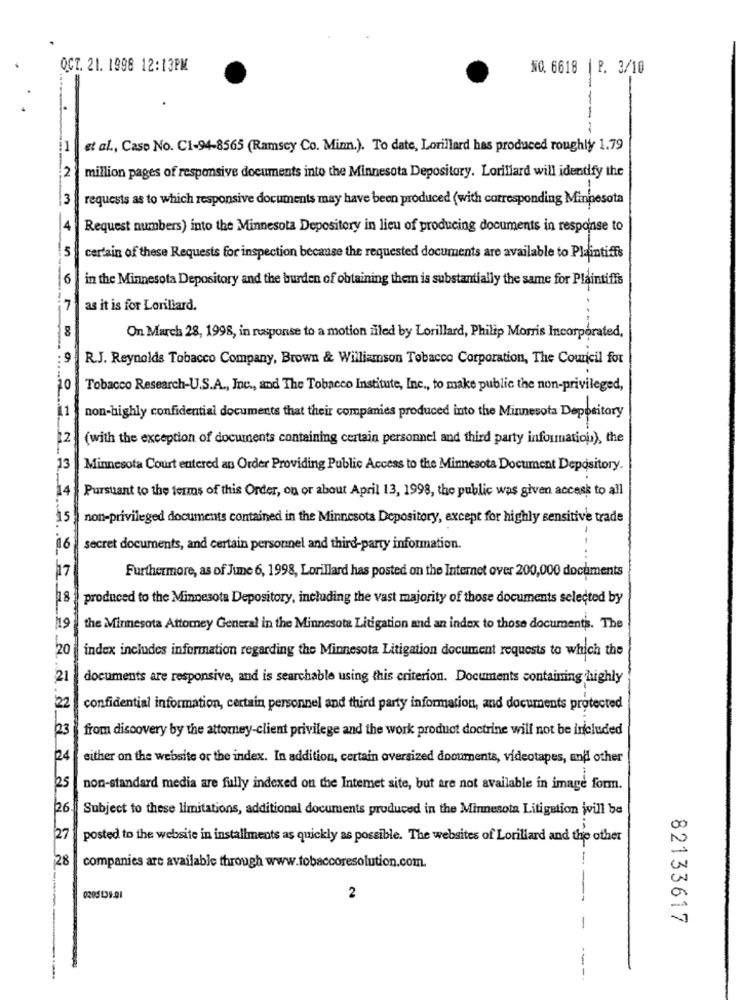
OCT. 21. 1998 12:13PM
NO. 6618 |P. 3/10
-
---
et al ., Caso No. C1-94-8565 (Ramsey Co. Min.). To date, Lorillard has produced roughly 1.79
2
million pages of responsive documents into the Minnesota Depository. Lorillard will identify the
3
requests as to which responsive documents may have been produced (with corresponding Minnesota
4
Request numbers) into the Minnesota Depository in lieu of producing documents in response to
certain of these Requests for inspection because the requested documents are available to Plaintiffs
6
in the Minnesota Depository and the burden of obtaining them is substantially the same for Plaintiffs
7
as it is for Lorillard.
8
On March 28, 1998, in response to a motion niled by Lorillard, Philip Morris Incorporated,
-. .
R.J. Reynolds Tobacco Company, Brown & Williamson Tobacco Corporation, The Council for
10
Tobacco Research-U.S.A ., Inc ., and The Tobacco Institute, Inc ., to make public the non-privileged,
11
non-highly confidential documents that their companies produced into the Minnesota Depository
12
(with the exception of documents containing certain personnel and third party information), the
13
Minnesota Court entered an Order Providing Public Access to the Minnesota Document Depository.
14
Pursuant to the terms of this Order, ou or about April 13, 1998, the public was given access to all
15
non-privileged documents contained in the Minnesota Depository, except for highly sensitive trade
-
16
secret documents, and certain personnel and third-party information.
17
Furthermore, as of June 6, 1998, Lorillard has posted on the Internet over 200,000 documents
18
produced to the Minnesota Depository, including the vast majority of those documents selected by
19
the Minnesota Attorney General in the Minnesota Litigation and an index to those documents. The
20
index includes information regarding the Minnesota Litigation document requests to which the
21
documents are responsive, and is searchable using this criterion. Documents containing highly
22
confidential information, certain personnel and third party information, and documents protected
23
from discovery by the attorney-client privilege and the work product doctrine will not be included
24
either on the website or the index. In addition, certain oversized documents, videotapes, and other
25
non-standard media are fully indexed on the Internet site, but are not available in image form.
26
Subject to these limitations, additional documents produced in the Minnesota Litigation will be
27
posted to the website in installments as quickly as possible. The websites of Lorillard and the other
28
companies are available through www.tobaccoresolution.com.
0205139-01
2
- --
82133617
-
----